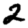
Digit: 2